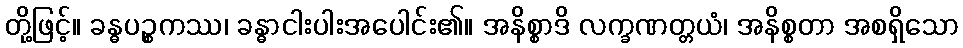
တို့ဖြင့်။ ခန္ဓပဉ္စကဿ၊ ခန္ဓာငါးပါးအပေါင်း၏။ အနိစ္စာဒိ လက္ခဏတ္တယံ၊ အနိစ္စတာ အစရှိသော